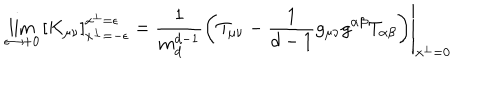
\lim _ { \epsilon \to + 0 } \left[ K _ { \mu \nu } \right] _ { x ^ { \perp } = - \epsilon } ^ { x ^ { \perp } = \epsilon } = \left. \frac { 1 } { m _ { d } ^ { d - 1 } } \left( T _ { \mu \nu } - \frac { 1 } { d - 1 } g _ { \mu \nu } g ^ { \alpha \beta } T _ { \alpha \beta } \right) \right| _ { x ^ { \perp } = 0 }